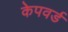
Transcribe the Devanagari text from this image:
केपवर्ड